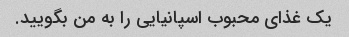
یک غذای محبوب اسپانیایی را به من بگویید.